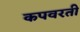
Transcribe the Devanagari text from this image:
कपवरती